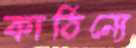
কাঠিন্যে